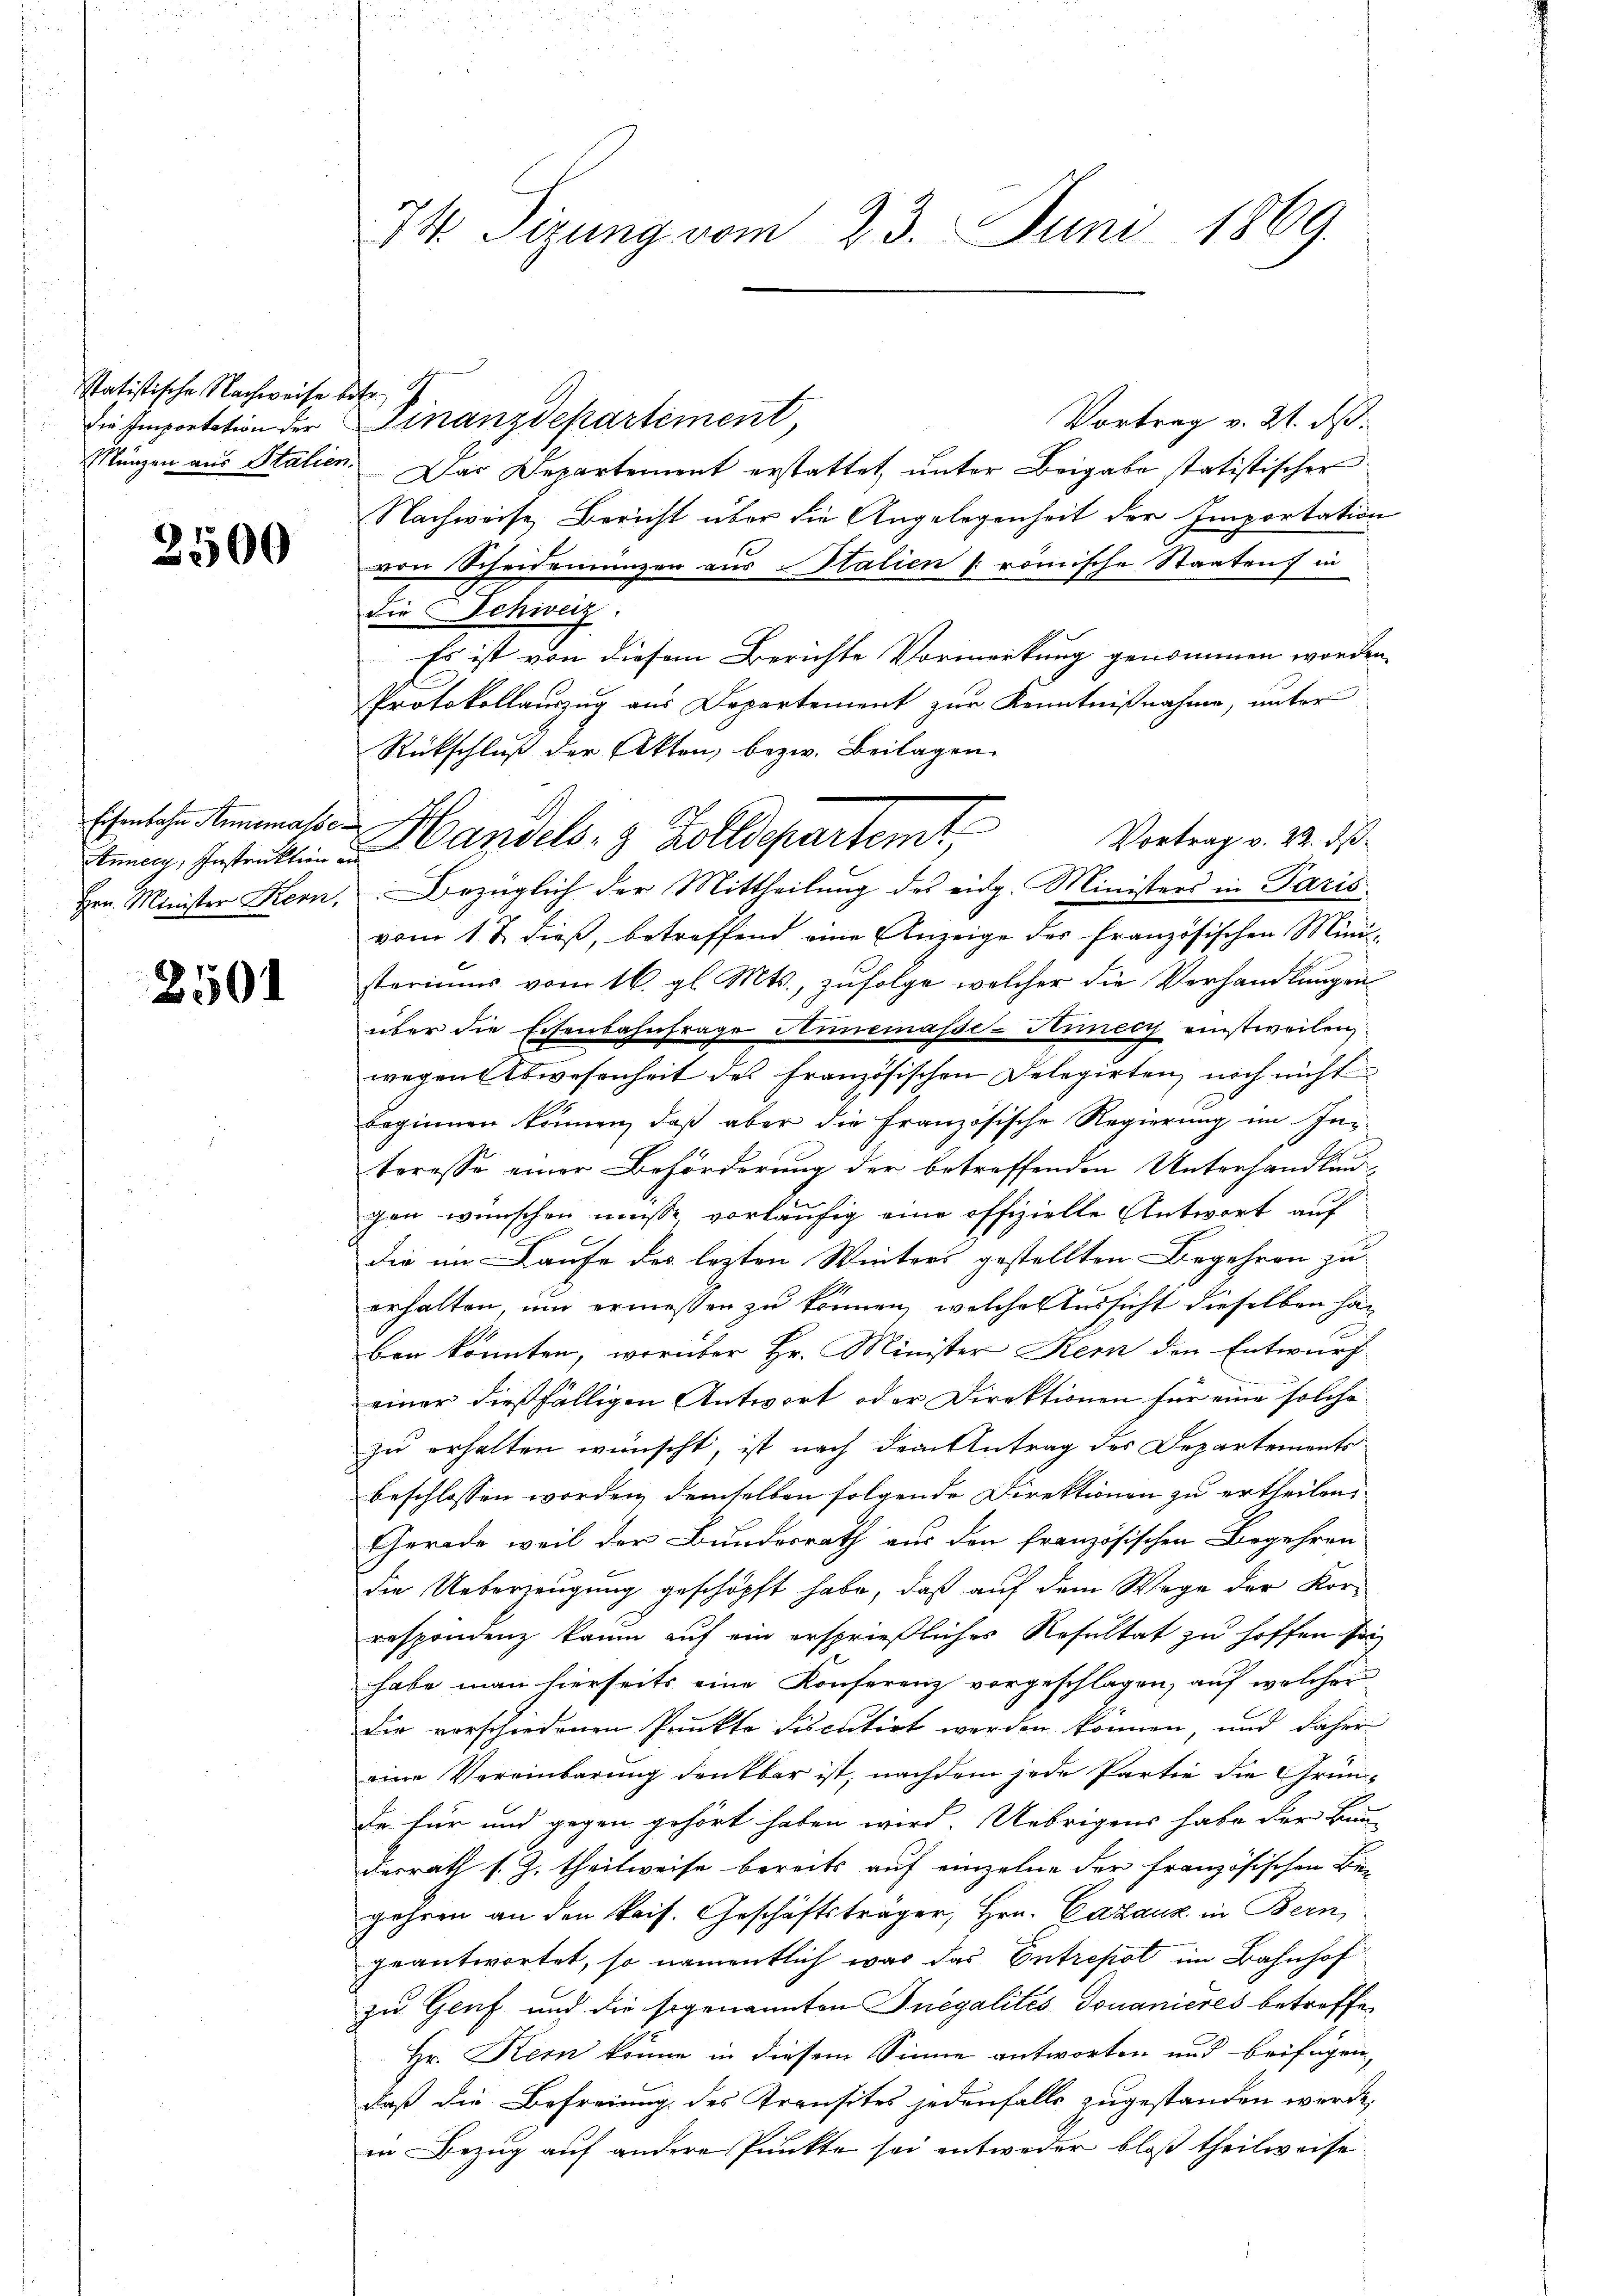
Statistische Nachweise be
die Importation der
Münzen aus Italien.

2500

Eisenbahn Annemasse¬
SInner, Instruktion e
Hrn. Minister Kern,

2501

34 Sizung vom 23. Juni 1869.

9
Finanzdepartement
Vortrag v. 21. ds.
Das Departement erstattet unter Beigabe statistischer
Nachweise Bericht über die Angelegenheit der Importation
von Scheidemanzen aus Italien römische Staaten in
die Schweiz.
Es ist von diesem Berichte Vormerkung genommen worden
Protokollauszug aus Departement zur Kenntnißnahme, unter
Rückschluß der Akten, bezw. Beilagen
Handels- & Zolldepartemt,
vom 1 t dieß, betreffend eine Anzeige des Französischen Mini-
steriums vom 16. gl. Mts., zufolge welcher die Verhandlungen
über die Eisenbahnfrage Niemasse-Kiery einstweilen,
wegen Abwesenheit des französischen Delegirten, noch nicht
beginnen können, daß aber die Französische Regierung im In
teresse einer Beförderung der betreffenden Unterhandlungen wünschen müsse vorläufig eine offizielle Antwort auf
die im Laufe des lezten Winters gestellten Begehren zu
erhalten, um ermessen zu können, welches Aussicht dieselben haben könnten, worüber Hr. Minister Kern den Entwurf
einer dießfälligen Antwort oder Direktionen für eine solche
zu erhalten wünscht, ist nach dem Antrag des Departements
beschlossen worden, demselben folgende Direktionen zu ertheilen.
Gerade weil der Bundesrath aus den französischen Begehren
die Ueberzeugung geschöpft habe, daß auf dem Wege der Korrespondenz kaum auf ein ersprießliches Resultat zu hoffen sei
habe man hierseits eine Konferenz vorgeschlagen, auf welcher
Die verschiedenen Punkte discutirt werden können, und daher
eine Vereinbarung denkbar ist, nachdem jede Partie die Grün-
de für und gegen gehört haben wird. Uebrigens habe der Bun-
desrath s. Z. theilweise bereits auf einzelne der französischen Begehren an den Pris. Geschäftsträger, Hrn. Cazauz in Bern,
geantwortet, so namentlich war das Entrepot im Bahnhof
zu Genf und die sogenannten Inegalités douanieres betreffe,
Hr. Kern könne in diesem Sinne antworten und beifügen
daß die Befreiung des Transites jedenfalls zugestanden werde,
in Bezug auf andere Punkte sei entweder bloß theilweise

en
Vortrag v. 22. ds.
Bezüglich der Mittheilung des eidg. Ministers in Paris